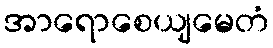
အာရောစေယျမေတံ